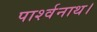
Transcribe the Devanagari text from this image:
पार्श्वनाथ।